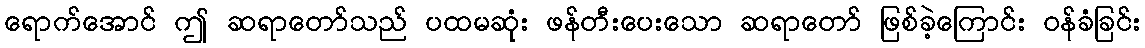
ရောက်အောင် ဤ ဆရာတော်သည် ပထမဆုံး ဖန်တီးပေးသော ဆရာတော် ဖြစ်ခဲ့ကြောင်း ဝန်ခံခြင်း